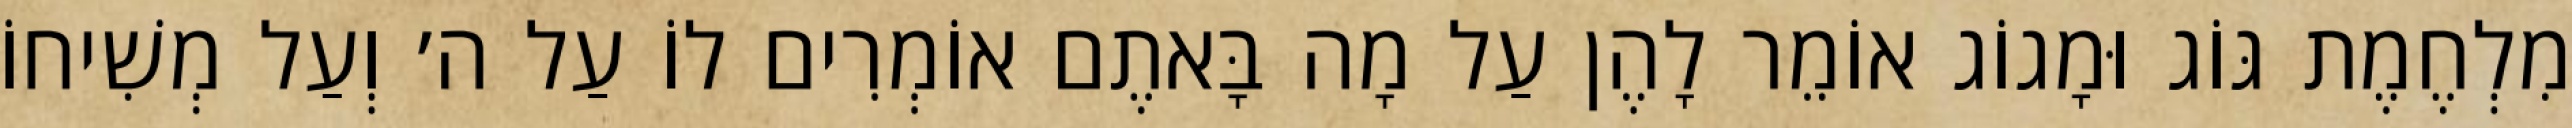
מִלְחֶמֶת גּוֹג וּמָגוֹג אוֹמֵר לָהֶן עַל מָה בָּאתֶם אוֹמְרִים לוֹ עַל ה׳ וְעַל מְשִׁיחוֹ